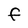
Character: F